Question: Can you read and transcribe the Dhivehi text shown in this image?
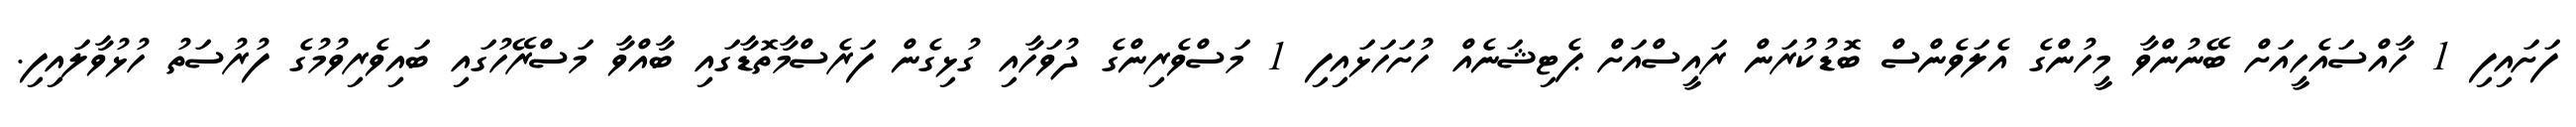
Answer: ފަށައިފި 1 ހާއްސައެހީއަށް ބޭނުންވާ މީހުންގެ އެލަވެންސް ބޮޑުކުރަން ރައީސްއަށް ޕެޓިޝަނެއް ހުށަހަޅައިފި 1 މަސްވެރިންގެ ދުވަހާއި ގުޅިގެން ފަރެސްމާތޮޑާގައި ބާއްވާ މަސްރޭހުގައި ބައިވެރިވުމުގެ ފުރުސަތު ހުޅުވާލައިފި.